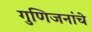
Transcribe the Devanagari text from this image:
गुणिजनांचे